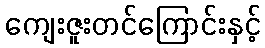
ကျေးဇူးတင်ကြောင်းနှင့်